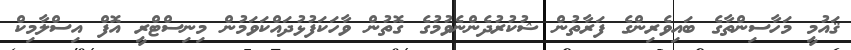
ޤައުމީ މަހާސިންތާގެ ބައިވެރިންގެ ފަރާތުން ޝުކުރުދެންނެވުމުގެ ގޮތުން ވާހަކަފުޅުދައްކަވަމުން މިނިސްޓްރީ އޮފް އިސްލާމިކް